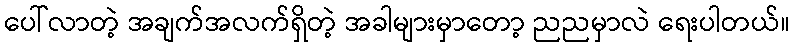
ပေါ်လာတဲ့ အချက်အလက်ရှိတဲ့ အခါများမှာတော့ ညညမှာလဲ ရေးပါတယ်။